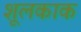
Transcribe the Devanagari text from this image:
शूलकाक